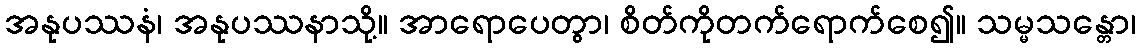
အနုပဿနံ၊ အနုပဿနာသို့။ အာရောပေတွာ၊ စိတ်ကိုတက်ရောက်စေ၍။ သမ္မသန္တော၊